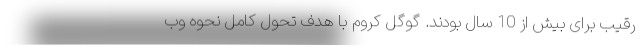
رقیب برای بیش از 10 سال بودند. گوگل کروم با هدف تحول کامل نحوه وب